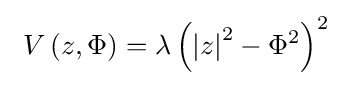
~V\left(z,\Phi \right)=\lambda \left(\left|z\right|^{2}-\Phi ^{2}\right)^{2}\